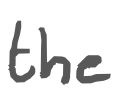
Text: the
Cross-out: clean
Writing tool: digital_gray